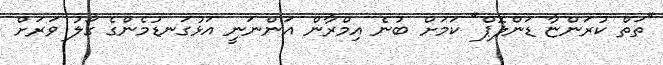
"ތަތް ކުރަންޏާ ޑަންލޮޕް" ކަމަށް ބުނެ އިމްރާން އަންނަނީ އަޅުގަނޑުމެންގެ ގޯލު ވަރަށް